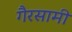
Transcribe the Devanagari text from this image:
गैरसामी